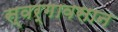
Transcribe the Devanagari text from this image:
स्वर्गावसान